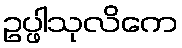
ဥပ္ဖါသုလိကေ